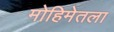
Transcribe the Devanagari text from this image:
मोहिमेतला